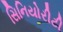
સિનિયોરીટી